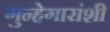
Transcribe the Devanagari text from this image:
गुन्हेगारांशी